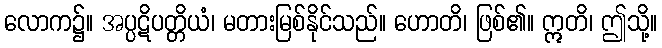
လောက၌။ အပ္ပဋိပတ္တိယံ၊ မတားမြစ်နိုင်သည်။ ဟောတိ၊ ဖြစ်၏။ ဣတိ၊ ဤသို့။